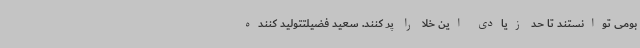
بومی توانستند تا حد زیادی این خلا را پر کنند. سعید فضیلتتولید کننده